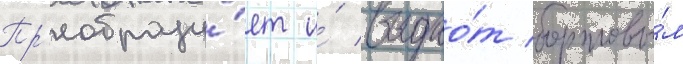
Пр'еобразу́ет и́ выдао́т бортовы́м